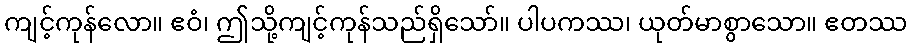
ကျင့်ကုန်လော။ ဧဝံ၊ ဤသို့ကျင့်ကုန်သည်ရှိသော်။ ပါပကဿ၊ ယုတ်မာစွာသော။ ဧတဿ